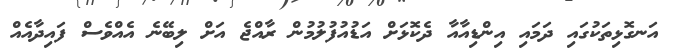
އަނގޮޅިތަކުގައި ދަމައި އިންޑިއާއާ ދެކޮޅަށް އަޑުއުފުލުމުން ރާއްޖެ އަށް ލިބޭނެ އެއްވެސް ފައިދާއެއް